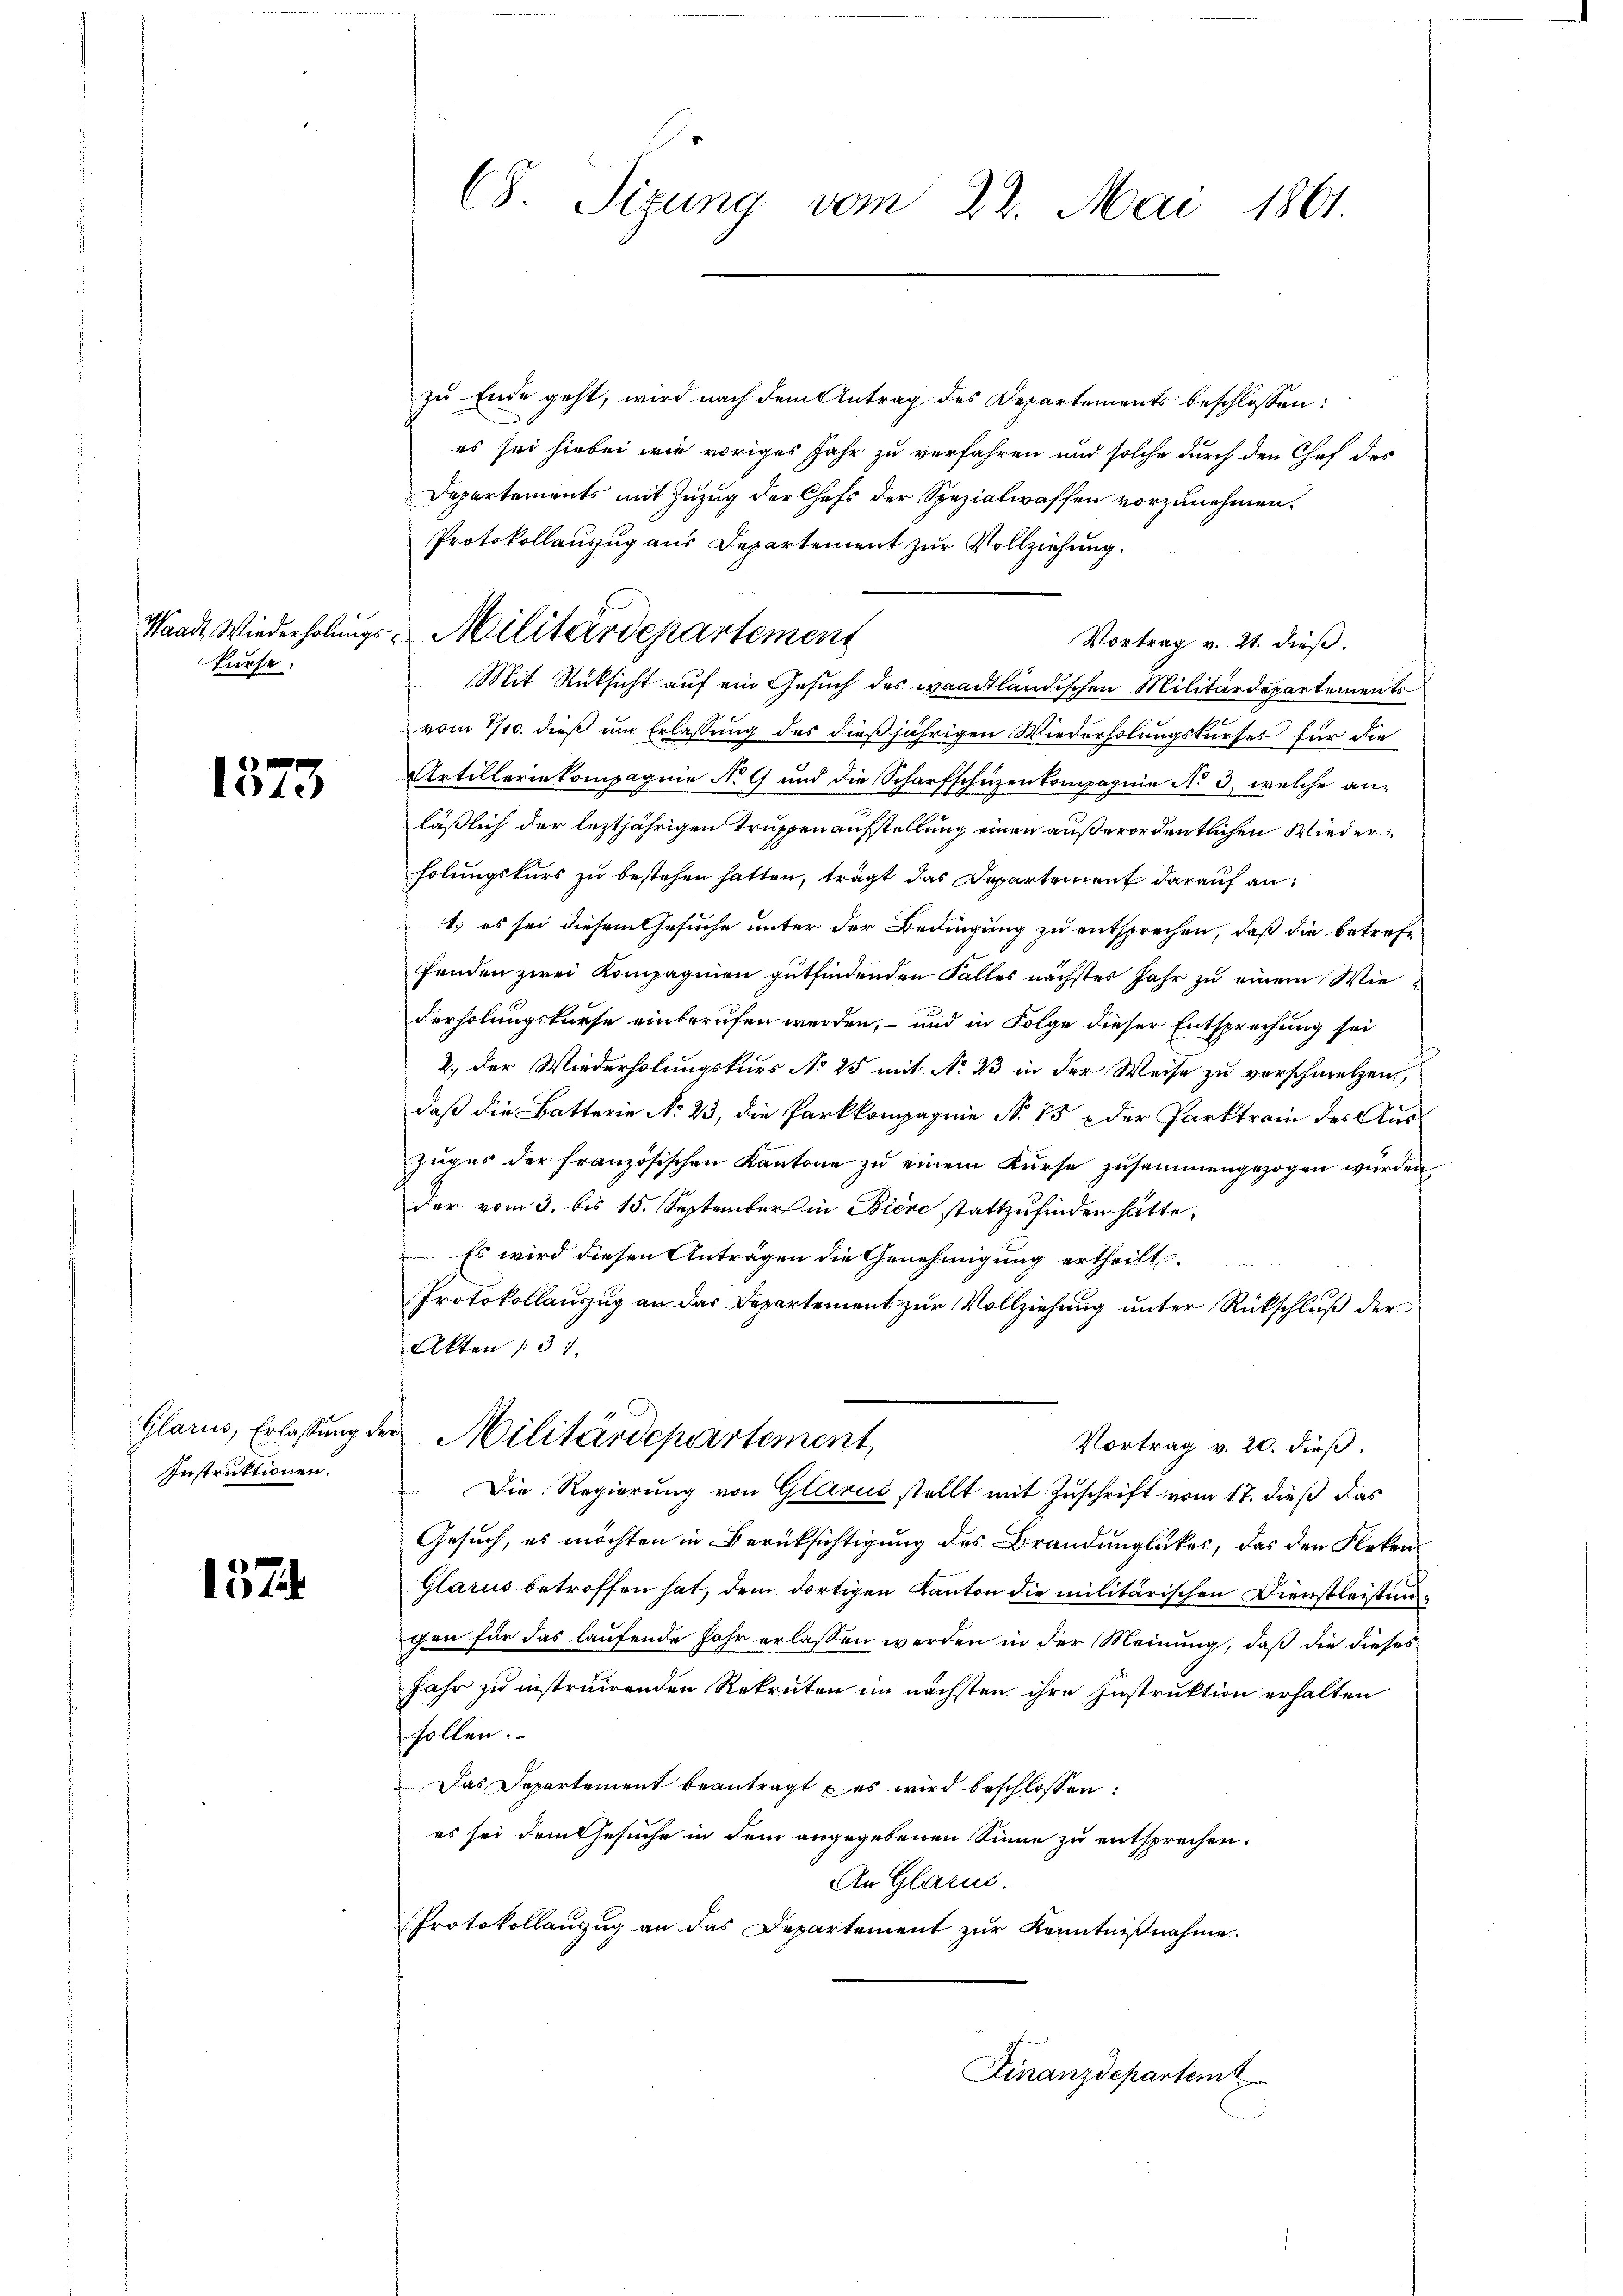
Waadt Wiederholungs
kurse.

1573

Glarus, Erlassung d
Instruktionen.

1574

C8. Sizung vom 22. Mai 1861.

zu Ende geht, wird nach dem Antrag des Departements beschlossen:
es sei hiebei wie voriges Jahr zu verfahren und solche durch den Chef des
Departements mit Zuzug der Chefs der Spezialwaffen vorzunehmen.
Protokollauszug aus Departement zur Vollziehung.
Vortrag v. 21. dieß.
Mit Rücksicht auf ein Gesuch des waadtländischen Militärdepartements
vom 1/10. dieß um Erlassung des dießjährigen Wiederholungskurses für die
Artilleriekompagnie No 9 und die Scharfschüzenkompagnie No 3, welche anläßlich der leztjährigen Truppenaufstellung einen außerordentlichen Wiederholungskurs zu bestehen hatten, trägt das Departement darauf an:
1.) es sei diesem Gesuche unter der Bedingung zu entsprechen, daß die betrefefenden zwei Kompagnien gutfindenden Falles nächstes Jahr zu einem Wiederholungskurse einberufen werden, – und in Folge dieser Entsprechung sei
2., der Wiederholungskurs No 25 mit No 23 in der Weise zu verschmelzen,
daß die Batterie No 23, die Parkkompagnie No 75 & der Parktrain des Auszuges der französischen Kantone zu einem Kurse zusammengezogen würden.
der vom 3. bis 15. September in Biere stattzufinden hätte,
 Es wird diesen Anträgen die Genehmigung ertheilt.
Protokollauszug an das Departement zur Vollziehung unter Rückschluß der
Akten 31.
2 Militärdepartement,
Vortrag v. 20. dieß.
Die Regierung von Glarus stellt mit Zuschrift vom 17. dieß das
Gesuch, es möchten in Berüksichtigung des Brandunglückes, das den Fleken
Glarus betroffen hat, dem dortigen Kanton die militärischen Dienstleistung
gen für das laufende Jahr erlassen werden in der Meinung, daß die dieses
Jahr zu instruirenden Rekruten im nächsten ihre Instruktion erhalten
sollen.
Das Separtement beantragt u es wird beschlossen:
es sei dem Gesuche in dem angegebenen Sinne zu entsprechen.
An Glarus.
Protokollanzug an das Departement zur Kenntnißnahme.

Militärdepartemens

Finanzdepartem